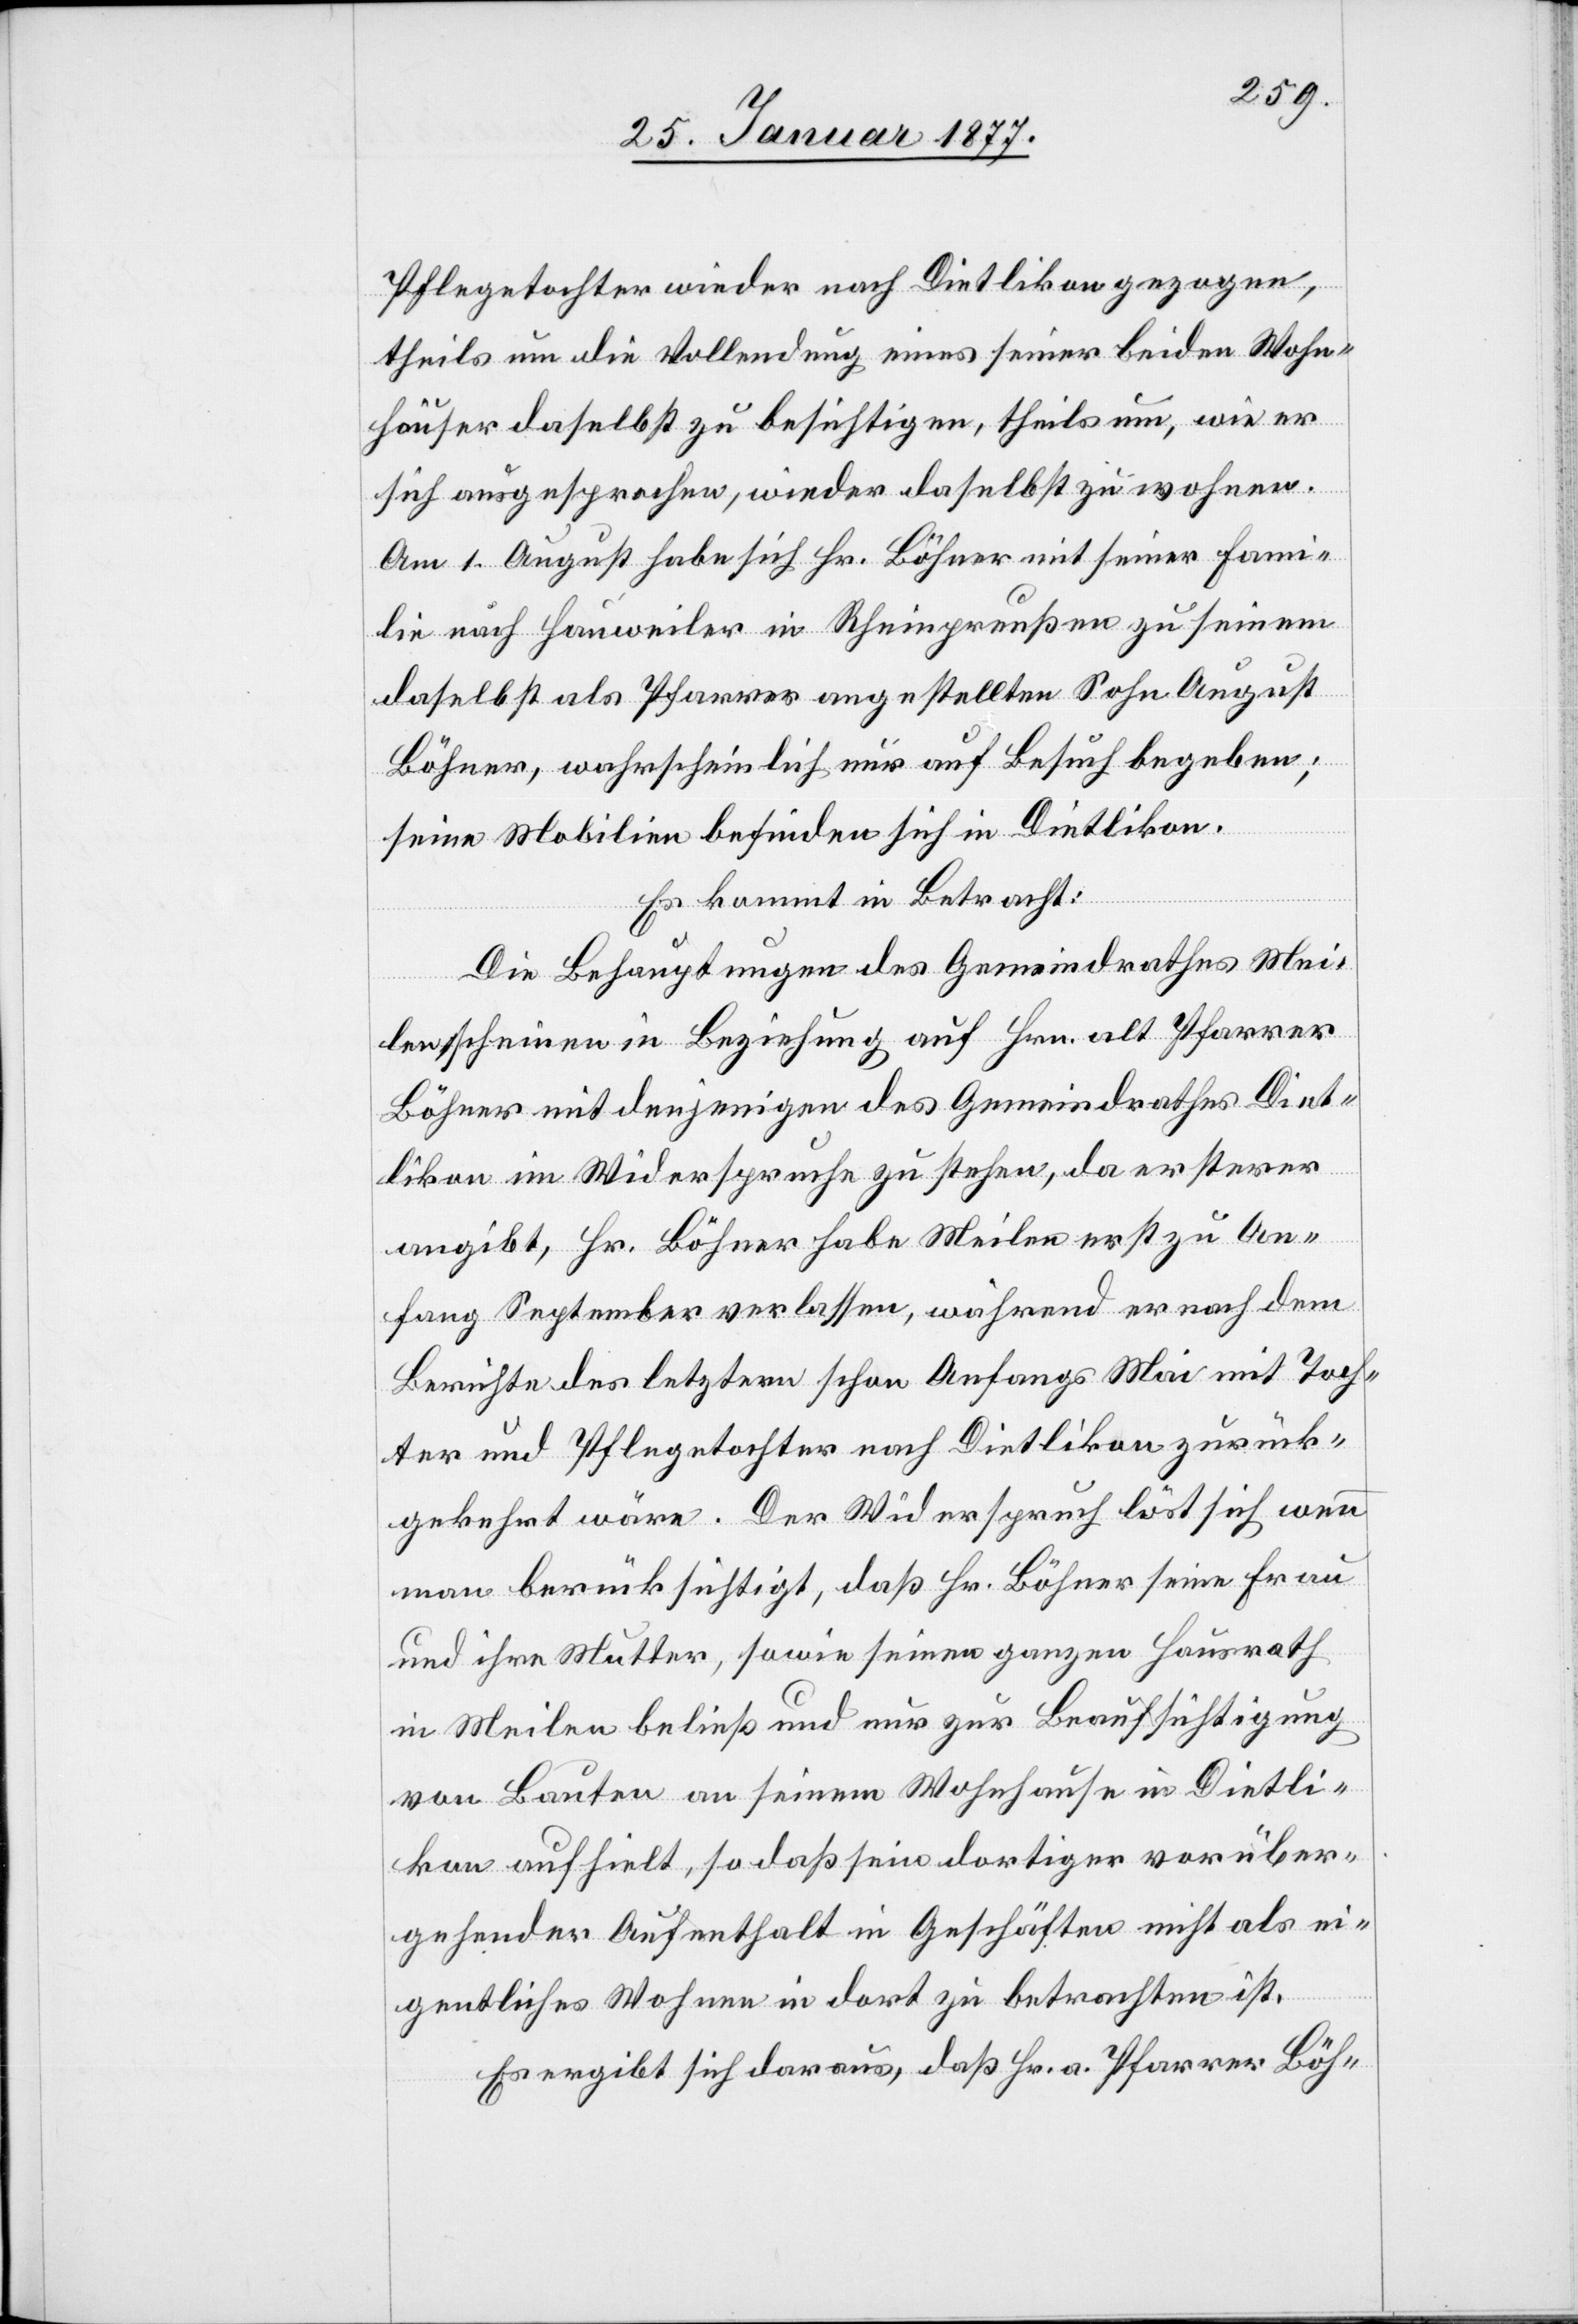
Pflegetochter wieder nach Dietlikon gezogen,
theils um die Vollendung eines seiner beiden Wohn¬
häuser selbst zu besichtigen, theils um, wie er
sich ausgesprochen, wieder daselbst zu wohnen.
Am 1. August habe sich Hr. Böhner mit seiner Fami¬
lie nach Hauweiler in Rheinpreußen zu seinem
daselbst als Pfarrer angestellten Sohn August
Böhner, wahrscheinlich nur auf Besuch begeben;
seine Mobilien befinden sich in Dietlikon.
Es kommt in Betracht:
Die Behauptungen des Gemeindrathes Mei¬
len scheinen in Beziehung auf Hrn. alt Pfarrer
Böhner mit denjenigen des Gemeindrathes Diet¬
likon im Wiederspruche zu stehen, da ersterer
angibt, Hr. Böhner habe Meilen erst zu An¬
fang September verlassen, während er nach dem
Berichte des letztern schon Anfangs Mai mit Toch¬
ter und Pflegetochter nach Dietlikon zurück¬
gekehrt wäre. Der Widerspruch löst sich wenn
man berücksichtigt, daß Hr. Böhner seine Frau
und ihre Mutter, sowie seinen ganzen Hausrath
in Meilen beließ und [sich] nur zur Beaufsichtigung
von Bauten an seinem Wohnhause in Dietli¬
kon aufhielt, so daß sein dortiger vorüber¬
gehender Aufenthalt in Geschäften nicht als ei¬
gentliches Wohnen in dort zu betrachten ist.
Es ergibt sich daraus, daß Hr. a. Pfarrer Böh-